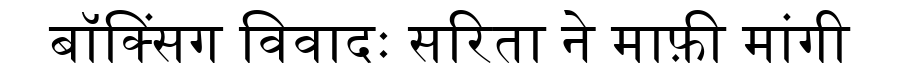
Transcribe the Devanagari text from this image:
बॉक्सिंग विवादः सरिता ने माफ़ी मांगी